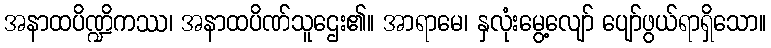
အနာထပိဏ္ဍိကဿ၊ အနာထပိဏ်သူဌေး၏။ အာရာမေ၊ နှလုံးမွေ့လျော် ပျော်ဖွယ်ရာရှိသော။